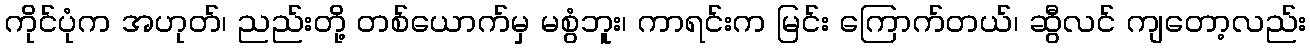
ကိုင်ပုံက အဟုတ်၊ ညည်းတို့ တစ်ယောက်မှ မစွံဘူး၊ ကာရင်းက မြင်း ကြောက်တယ်၊ ဆွီလင် ကျတော့လည်း